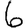
Digit: 6